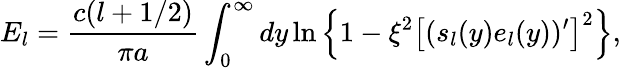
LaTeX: E_{l}=\frac{c(l+1/2)}{\pi a}\int_{0}^{\infty}dy\ln\left\{ 1-\xi^{2}\left[(s_{l}(y)e_{l}(y))^{\prime}\right]^{2}\right\} ,